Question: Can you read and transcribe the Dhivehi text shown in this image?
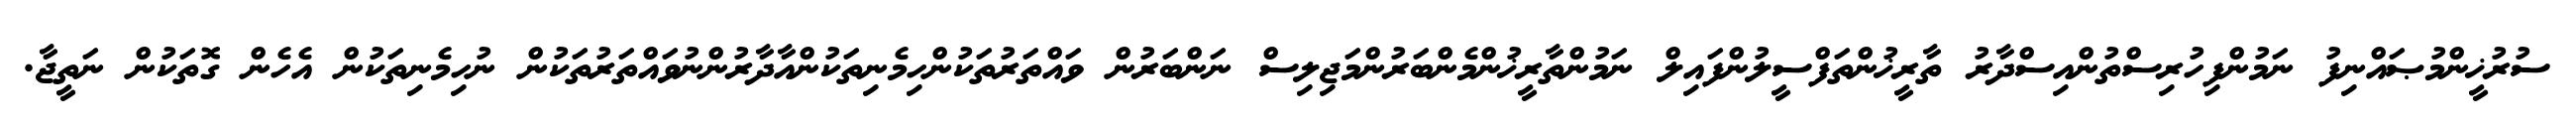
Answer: ސުރުޚީންމުޞައްނިފު ނަމުންފިހުރިސްތުންއިސްދާރު ތާރީޚުންތަފްސީލުންފައިލް ނަމުންތާރީޚުންމެންބަރުންމަޖިލިސް ނަންބަރުން ވައްތަރުތަކުންހިމެނިތަކުންއާދާރުންނުވައްތަރުތަކުން ނުހިމެނިތަކުން އެހެން ގޮތަކުން ނަތީޖާ.